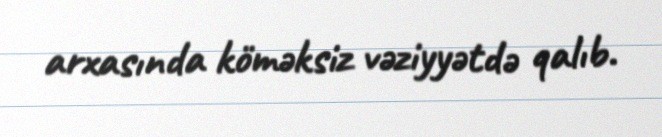
arxasında köməksiz vəziyyətdə qalıb.